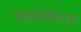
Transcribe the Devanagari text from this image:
विचारसाधना